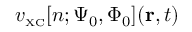
v _ { \scriptscriptstyle \mathrm { X C } } [ n ; \Psi _ { 0 } , \Phi _ { 0 } ] ( { \bf r } , t )